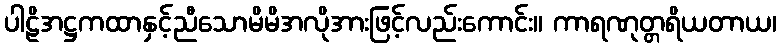
ပါဠိအဋ္ဌကထာနှင့်ညီသောမိမိအလိုအားဖြင့်လည်းကောင်း။ ကာရဏုတ္တရိယတာယ၊